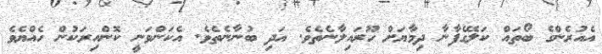
އެއުރެންގެ ބޯތައް ކަލޭގެފާނާ ދިމާޔަށް ހޫރައިލާނެތެވެ. އަދި ބުނާނެތެވެ. އެކަންވަނީ ކޮންއިރަކުން ހެއްޔެވެ